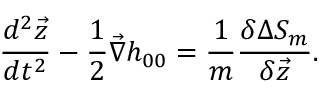
\frac { d ^ { 2 } { \vec { z } } } { d t ^ { 2 } } - \frac { 1 } { 2 } { \vec { \nabla } } h _ { 0 0 } = \frac { 1 } { m } \frac { \delta \Delta S _ { m } } { \delta { \vec { z } } } .